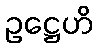
ဥဋ္ဌေဟိ